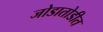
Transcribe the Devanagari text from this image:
जोडातोडीत